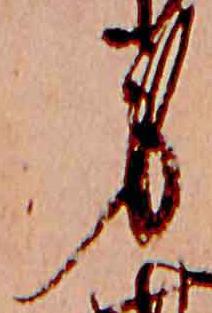
身